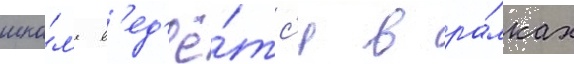
шко́л'е в'ед'ё́тс'я в ра́мках